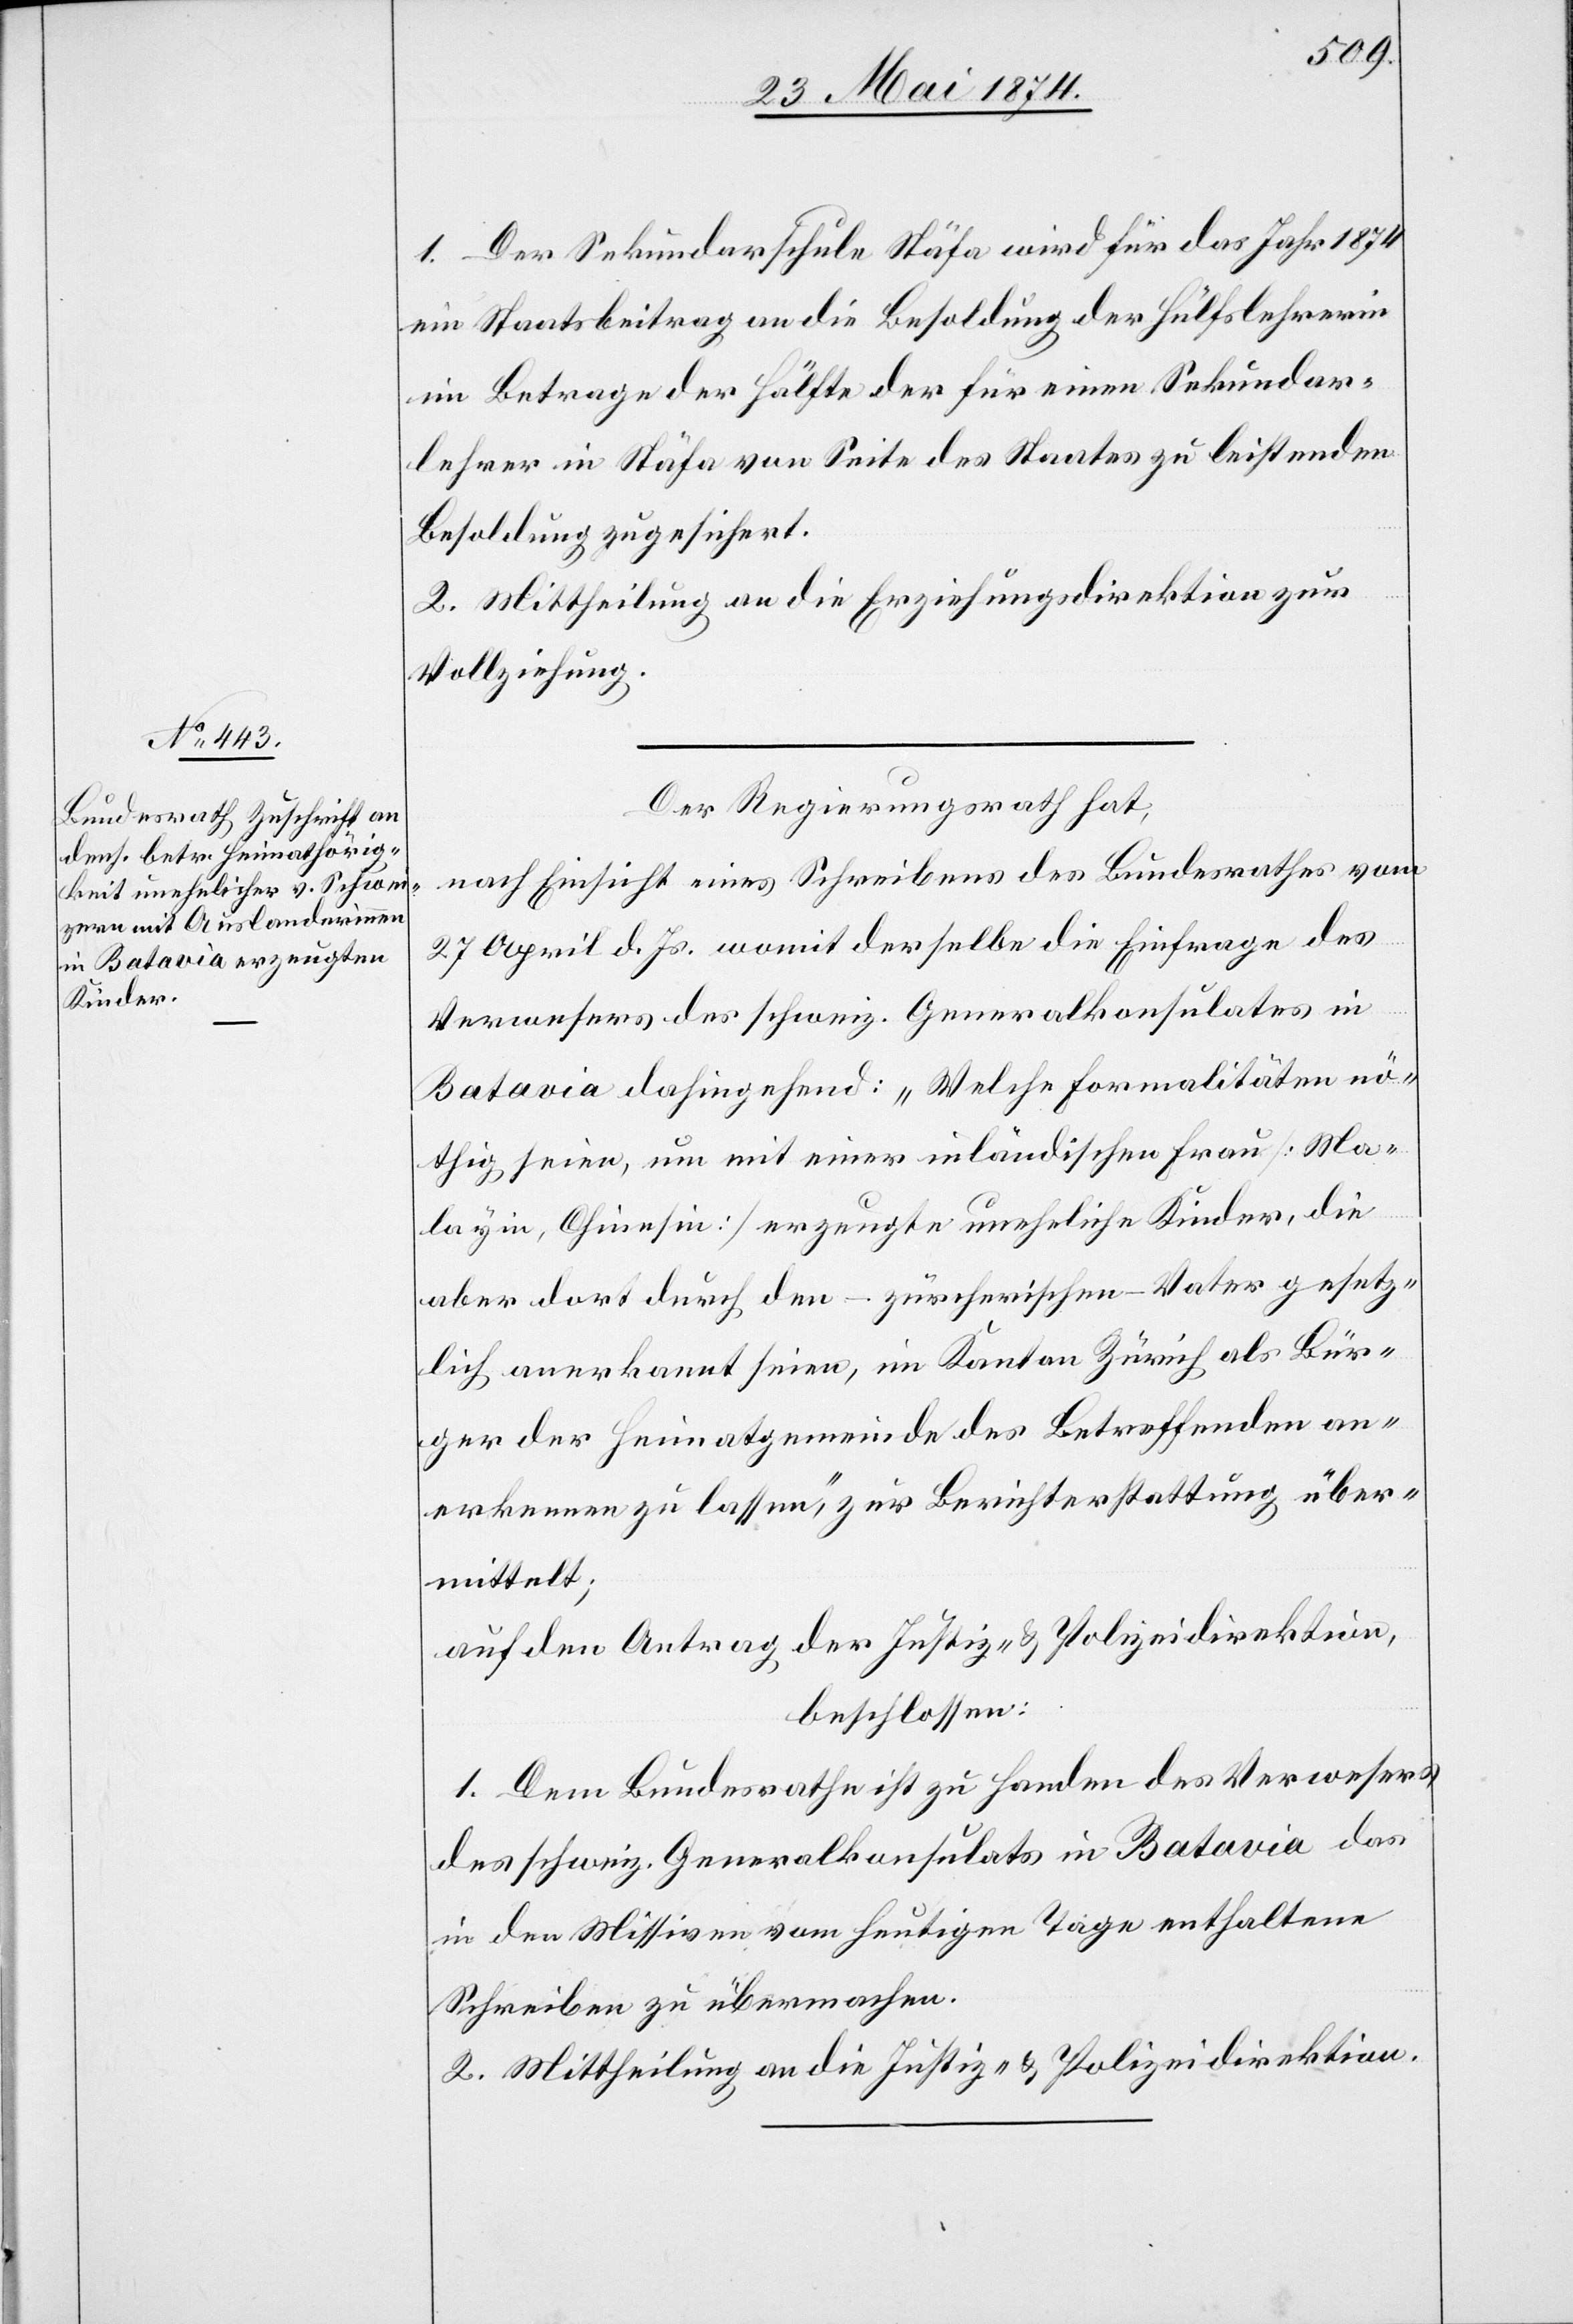
1. Der Sekundarschule Stäfa wird für das Jahr 1874
ein Staatsbeitrag an die Besoldung der Hülfslehrerin
im Betrage der Hälfte der für einen Sekundar¬
lehrer in Stäfa von Seite des Staates zu leistenden
Besoldung zugesichert.
2. Mittheilung an die Erziehungsdirektion zur
Vollziehung.
Der Regierungsrath hat,
nach Einsicht eines Schreibens des Bundesrathes vom
27. April d. Js. womit derselbe die Einfrage des
Verwesers des schweiz. Generalkonsulates in
Batavia dahingehend: „ Welche Formalitäten nö¬
thig seien, um mit einer inländischen Frau [Ma¬
layin, Chinesin] erzeugte uneheliche Kinder, die
aber dort durch den – zürcherischen – Vater gesetz¬
lich anerkannt seien, im Kanton Zürich als Bür¬
ger der Heimathgemeinde des Betreffenden an¬
erkennen zu lassen“, zur Berichterstattung über¬
mittelt;
auf den Antrag der Justiz- u. Polizeidirektion,
beschlossen:
1. Dem Bundesrathe ist zu Handen des Verwesers
des schweiz. Generalkonsulats in Batavia das
in den Missiven vom heutigen Tage enthaltene
Schreiben zu übermachen.
2. Mittheilung an die Justiz- u. Polizeidirektion.